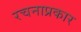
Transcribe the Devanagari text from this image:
रचनाप्रकार